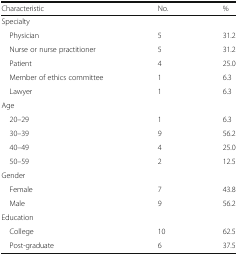
<table><thead><tr><td><b>Characteristic</b></td><td><b>No.</b></td><td><b>%</b></td></tr></thead><tbody><tr><td colspan="3">Specialty</td></tr><tr><td> Physician</td><td>5</td><td>31.2</td></tr><tr><td> Nurse or nurse practitioner</td><td>5</td><td>31.2</td></tr><tr><td> Patient</td><td>4</td><td>25.0</td></tr><tr><td> Member of ethics committee</td><td>1</td><td>6.3</td></tr><tr><td> Lawyer</td><td>1</td><td>6.3</td></tr><tr><td colspan="3">Age</td></tr><tr><td> 20–29</td><td>1</td><td>6.3</td></tr><tr><td> 30–39</td><td>9</td><td>56.2</td></tr><tr><td> 40–49</td><td>4</td><td>25.0</td></tr><tr><td> 50–59</td><td>2</td><td>12.5</td></tr><tr><td colspan="3">Gender</td></tr><tr><td> Female</td><td>7</td><td>43.8</td></tr><tr><td> Male</td><td>9</td><td>56.2</td></tr><tr><td colspan="3">Education</td></tr><tr><td> College</td><td>10</td><td>62.5</td></tr><tr><td> Post-graduate</td><td>6</td><td>37.5</td></tr></tbody></table>